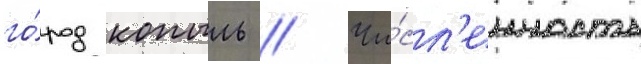
го́род копыль // Чи́сл'енность